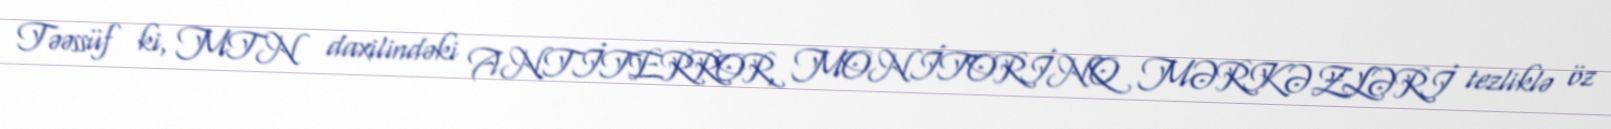
Təəssüf ki, MTN daxilindəki ANTİTERROR, MONİTORİNQ MƏRKƏZLƏRİ tezliklə öz